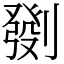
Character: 㔇